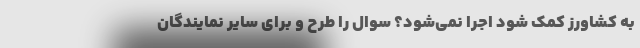
به کشاورز کمک شود اجرا نمی‌شود؟ سوال را طرح و برای سایر نمایندگان